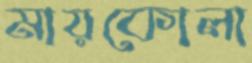
মায়কোলা